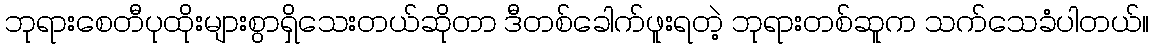
ဘုရားစေတီပုထိုးများစွာရှိသေးတယ်ဆိုတာ ဒီတစ်ခေါက်ဖူးရတဲ့ ဘုရားတစ်ဆူက သက်သေခံပါတယ်။